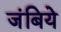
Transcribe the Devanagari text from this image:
जंबिये